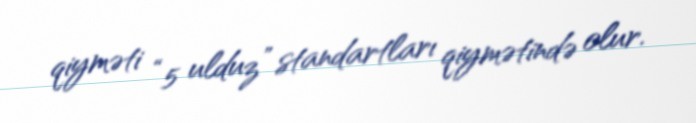
qiyməti “5 ulduz” standartları qiymətində olur.